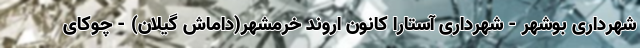
شهرداری بوشهر - شهرداری آستارا کانون اروند خرمشهر(داماش گیلان) - چوکای